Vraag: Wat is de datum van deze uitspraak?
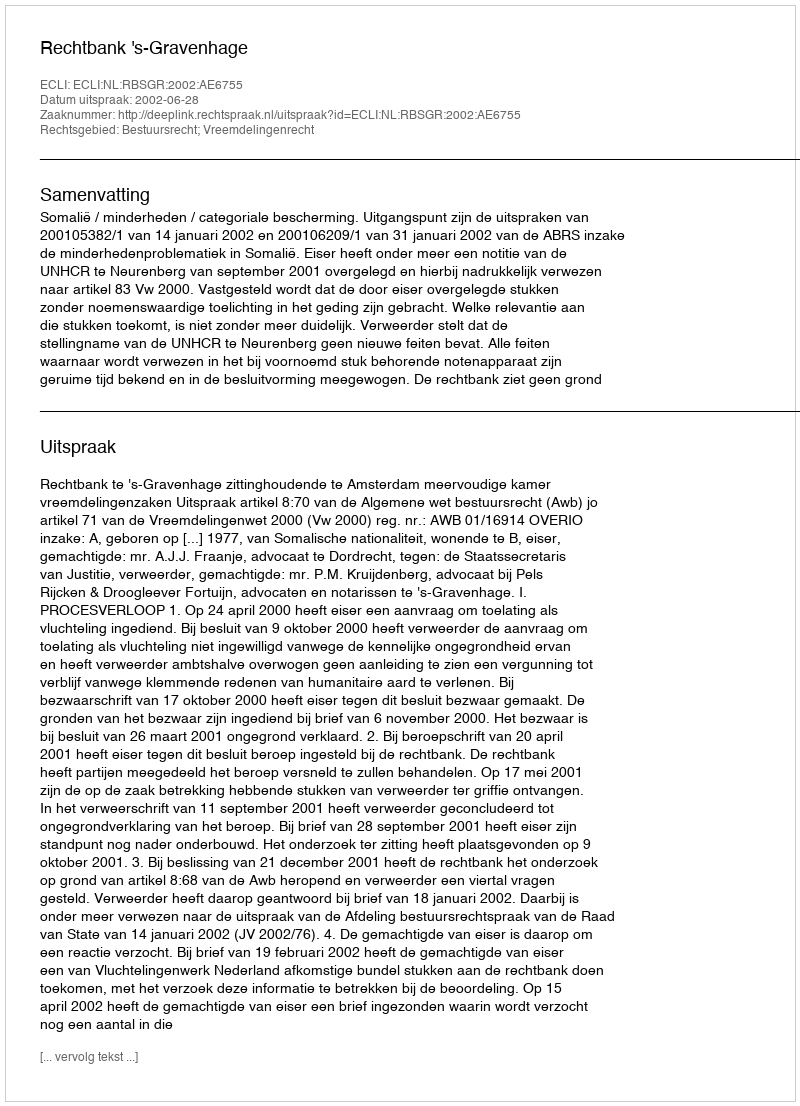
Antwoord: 2002-06-28